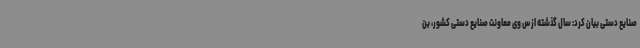
صنایع دستی بیان کرد: سال گذشته از س وی معاونت صنایع دستی کشور، بن